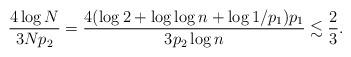
LaTeX: \begin{align*}\frac{4\log N}{3Np_2}=\frac{4(\log2+\log\log n+\log 1/p_1)p_1}{3p_2\log n}\lesssim \frac23.\end{align*}